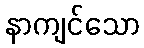
နာကျင်သော